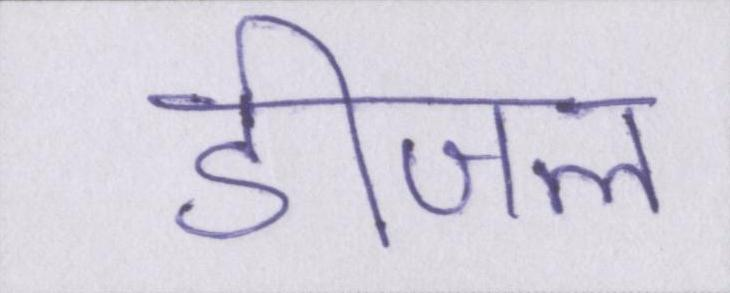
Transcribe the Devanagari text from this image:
डीजल